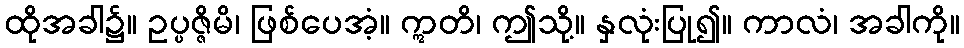
ထိုအခါ၌။ ဥပ္ပဇ္ဇိမိ၊ ဖြစ်ပေအံ့။ ဣတိ၊ ဤသို့။ နှလုံးပြု၍။ ကာလံ၊ အခါကို။